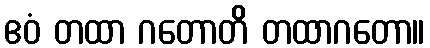
ဧဝံ တထာ ဂတောတိ တထာဂတော။